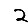
Digit: 2